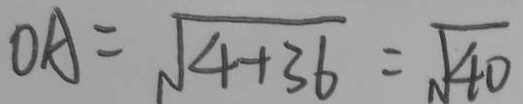
O A = \sqrt { 4 + 3 6 } = \sqrt { 4 0 }